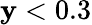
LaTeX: \mathbf{y}<0.3